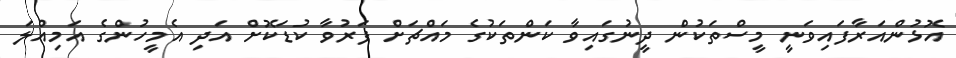
އޮޅުންއަރާފައިވަނީ މީސްތަކުން ދީނުގައިވާ ކަންތަކުގެ މައްޗަށް ފަރުވާ ކުޑަކޮށް އަދި އެމީހުންގެ އަމިއްލަ